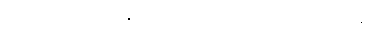
ကာမဂုဏ် အပြစ်များကို ဥပမာများဖြင့် ပြဆိုခန်း။